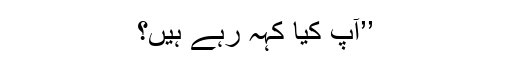
’’آپ کیا کہہ رہے ہیں؟